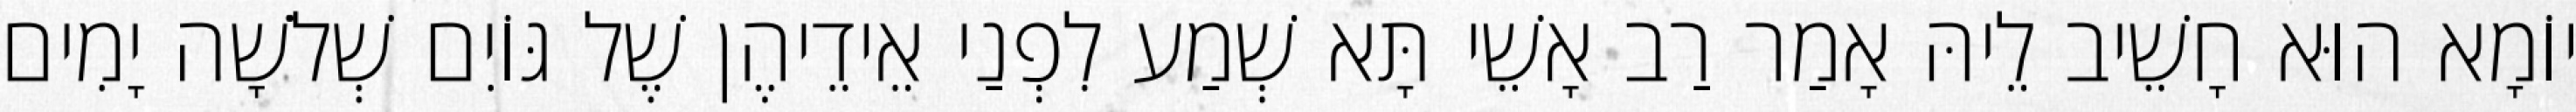
יוֹמָא הוּא חָשֵׁיב לֵיהּ אָמַר רַב אָשֵׁי תָּא שְׁמַע לִפְנַי אֵידֵיהֶן שֶׁל גּוֹיִם שְׁלֹשָׁה יָמִים